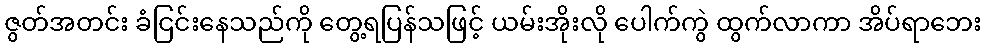
ဇွတ်အတင်း ခံငြင်းနေသည်ကို တွေ့ရပြန်သဖြင့် ယမ်းအိုးလို ပေါက်ကွဲ ထွက်လာကာ အိပ်ရာဘေး